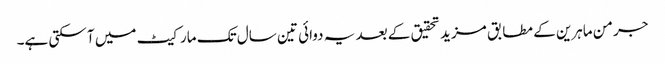
جرمن ماہرین کے مطابق مزید تحقیق کے بعد یہ دوائی تین سال تک مارکیٹ میں آ سکتی ہے۔